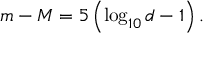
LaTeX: m - M = 5 \left( \log _ { 1 0 } d - 1 \right) .